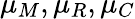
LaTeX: \mu_{M},\mu_{R},\mu_{C}